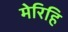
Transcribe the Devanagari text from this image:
मेरिहि